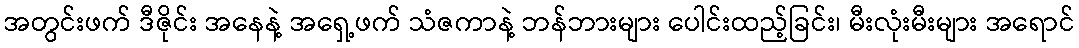
အတွင်းဖက် ဒီဇိုင်း အနေနဲ့ အရှေ့ဖက် သံဇကာနဲ့ ဘန်ဘားများ ပေါင်းထည့်ခြင်း၊ မီးလုံးမီးများ အရောင်